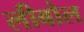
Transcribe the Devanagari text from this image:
लीबोल